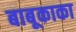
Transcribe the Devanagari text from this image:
बाबूकाका